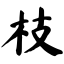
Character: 枝